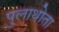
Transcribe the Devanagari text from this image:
पुलाथोता